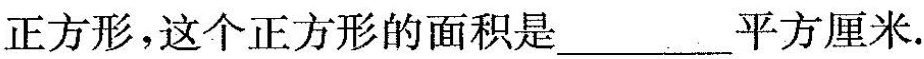
正方形，这个正方形的面积是___平方厘米。